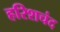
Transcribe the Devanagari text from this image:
हरिशचंद